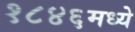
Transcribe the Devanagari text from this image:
१८४६मध्ये